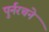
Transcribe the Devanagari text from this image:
पुर्नरचने